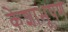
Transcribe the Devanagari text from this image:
केशाभूषण